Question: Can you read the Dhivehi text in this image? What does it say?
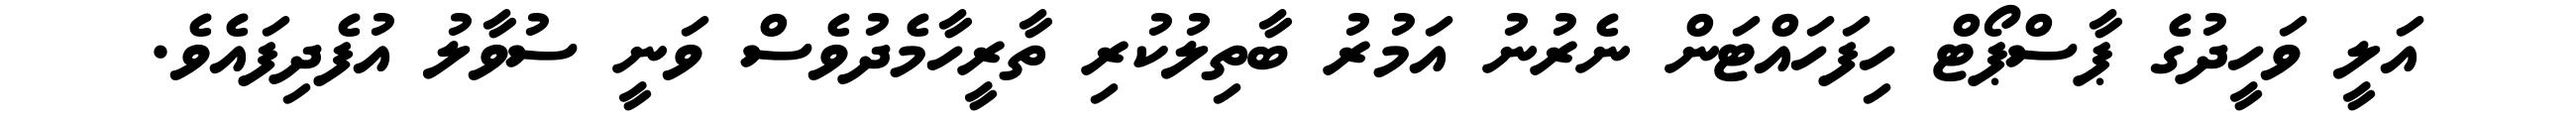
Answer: އަލީ ވަހީދުގެ ޕާސްޕޯޓް ހިފަހައްޓަން ނެރުނު އަމުރު ބާތިލުކުރި ތާރީހާމެދުވެސް ވަނީ ސުވާލު އުފެދިފައެވެ.